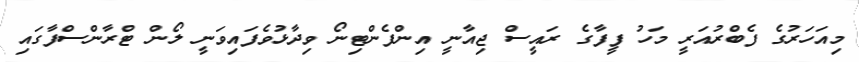
މިއަހަރުގެ ފެބްރުއަރީ މަހު ފީފާގެ ރައީސް ޖިއާނީ އިންފެންޓިނޯ ވިދާޅުވެފައިވަނީ ލޯން ޓްރާންސްފާގައި